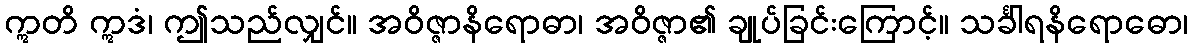
ဣတိ ဣဒံ၊ ဤသည်လျှင်။ အဝိဇ္ဇာနိရောဓာ၊ အဝိဇ္ဇာ၏ ချုပ်ခြင်းကြောင့်။ သင်္ခါရနိရောဓော၊